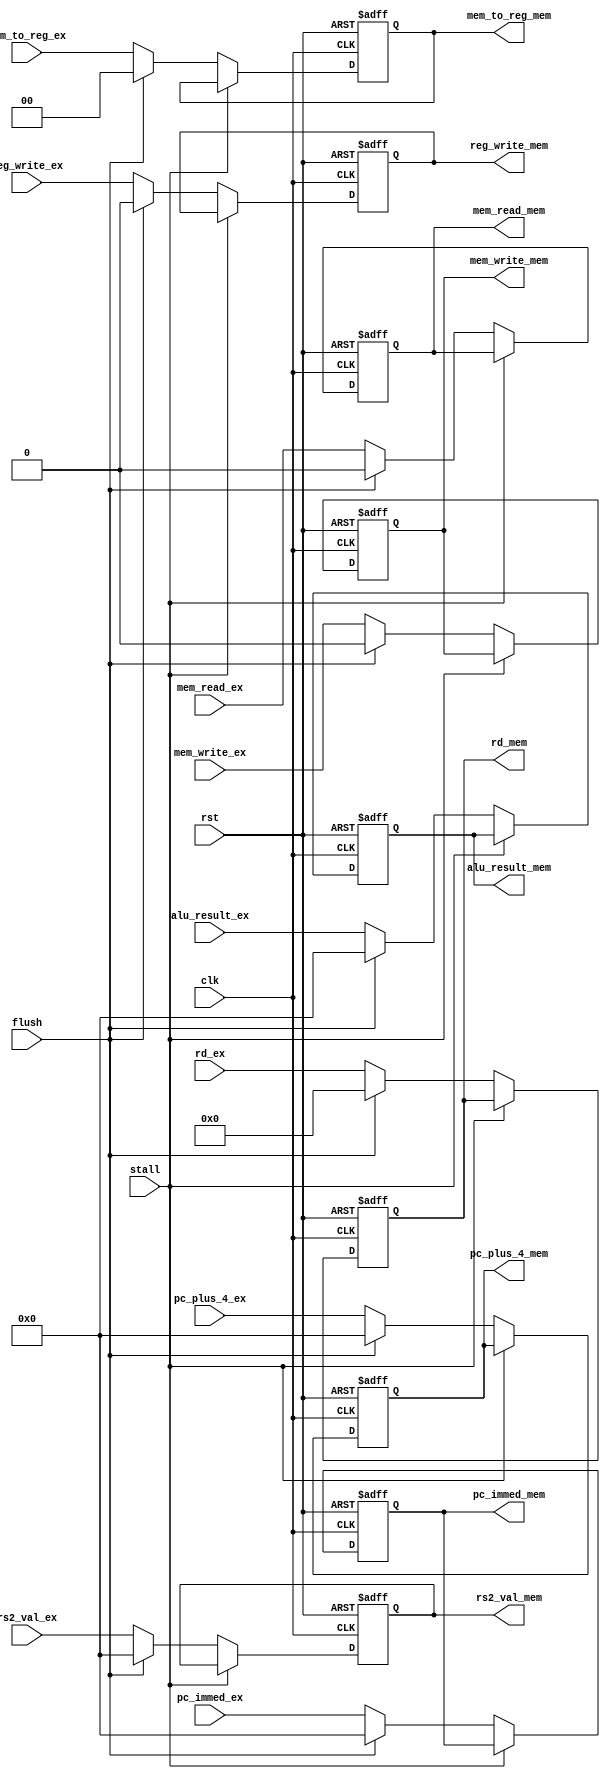
`timescale 1ns / 1ps
//////////////////////////////////////////////////////////////////////////////////
// Company: 
// Engineer: 
// 
// Design Name: 
// Module Name: EX_MEM_REG
// Project Name: 
// Target Devices: 
// Tool Versions: 
// Description: 
// 
// Dependencies: 
// 
// Revision:
// Revision 0.01 - File Created
// Additional Comments:
// 
//////////////////////////////////////////////////////////////////////////////////


module EX_MEM_REG (
    input wire clk,
    input wire rst,
    input wire stall,
    input wire flush,

    input  wire [ 4:0] rd_ex,
    input  wire [31:0] pc_plus_4_ex,
    output wire [ 4:0] rd_mem,
    output wire [31:0] pc_plus_4_mem,

    /**
    * new data in this stage
    */
    input  wire [31:0] alu_result_ex,
    input  wire [31:0] pc_immed_ex,
    output wire [31:0] alu_result_mem,
    output wire [31:0] pc_immed_mem,

    input  wire [31:0] rs2_val_ex,
    output wire [31:0] rs2_val_mem,

    /**
    * Control signals
    */
    input [1:0] mem_to_reg_ex,
    input reg_write_ex,
    input mem_write_ex,
    input mem_read_ex,
    output [1:0] mem_to_reg_mem,
    output reg_write_mem,
    output mem_write_mem,
    output mem_read_mem
);

  // Registers
  reg [4:0] rd_mem_reg;
  reg [31:0] pc_plus_4_mem_reg;
  reg [31:0] alu_result_mem_reg;
  reg [31:0] pc_immed_mem_reg;
  reg [31:0] rs2_val_mem_reg;
  reg [1:0] mem_to_reg_mem_reg;
  reg reg_write_mem_reg;
  reg mem_write_mem_reg;
  reg mem_read_mem_reg;

  always @(posedge clk or posedge rst) begin
    if (rst) begin
      rd_mem_reg <= 5'b0;
      pc_plus_4_mem_reg <= 32'b0;
      alu_result_mem_reg <= 32'b0;
      pc_immed_mem_reg <= 32'b0;
      rs2_val_mem_reg <= 32'b0;
      mem_to_reg_mem_reg <= 2'b0;
      reg_write_mem_reg <= 1'b0;
      mem_write_mem_reg <= 1'b0;
      mem_read_mem_reg <= 1'b0;
    end else if (stall) begin
      // Do nothing
    end else if (flush) begin
      rd_mem_reg <= 5'b0;
      pc_plus_4_mem_reg <= 32'b0;
      alu_result_mem_reg <= 32'b0;
      pc_immed_mem_reg <= 32'b0;
      rs2_val_mem_reg <= 32'b0;
      mem_to_reg_mem_reg <= 2'b0;
      reg_write_mem_reg <= 1'b0;
      mem_write_mem_reg <= 1'b0;
      mem_read_mem_reg <= 1'b0;
    end else begin
      rd_mem_reg <= rd_ex;
      pc_plus_4_mem_reg <= pc_plus_4_ex;
      alu_result_mem_reg <= alu_result_ex;
      pc_immed_mem_reg <= pc_immed_ex;
      rs2_val_mem_reg <= rs2_val_ex;
      mem_to_reg_mem_reg <= mem_to_reg_ex;
      reg_write_mem_reg <= reg_write_ex;
      mem_write_mem_reg <= mem_write_ex;
      mem_read_mem_reg <= mem_read_ex;
    end
  end

  assign rd_mem = rd_mem_reg;
  assign pc_plus_4_mem = pc_plus_4_mem_reg;
  assign alu_result_mem = alu_result_mem_reg;
  assign pc_immed_mem = pc_immed_mem_reg;
  assign rs2_val_mem = rs2_val_mem_reg;
  assign mem_to_reg_mem = mem_to_reg_mem_reg;
  assign reg_write_mem = reg_write_mem_reg;
  assign mem_write_mem = mem_write_mem_reg;
  assign mem_read_mem = mem_read_mem_reg;

endmodule